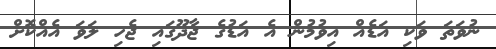
ނުވަތަ ވަކި އަޑެއް އިވުމުން އެ އަޑުގެ ޖާދޫގައި ޖެހި ލަވަ އެއްކޮށް